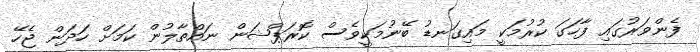
ފެންވަރުގައި ފާހަގަ ކުރުމަކީ މައިގަނޑު ބޭނުމަކީވެސް ކޮރަޕްޝަން ނައްތާލުން ކަމަށް ހަދަން ޖެހޭ